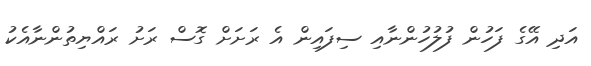
އަދި އޭގެ ފަހުން ފުލުހުންނާއި ސިފައިން އެ ރަށަށް ގޮސް ރަށު ރައްޔިތުންނާއެކު